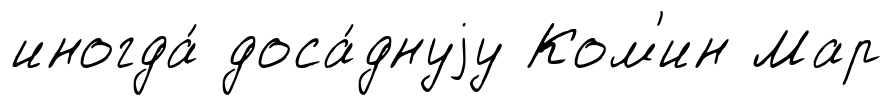
иногда́ доса́днуjу Ком'ин Мар